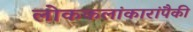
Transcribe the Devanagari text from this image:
लोककलांकारांपैकी